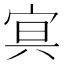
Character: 𡨕